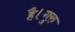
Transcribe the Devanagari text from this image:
है।गुरु